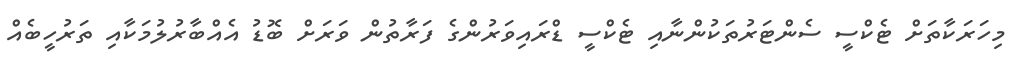
މިހަރަކާތަށް ޓެކްސީ ސެންޓަރުތަކުންނާއި ޓެކްސީ ޑްރައިވަރުންގެ ފަރާތުން ވަރަށް ބޮޑު އެއްބާރުލުމަކާއި ތަރުހީބެއް